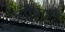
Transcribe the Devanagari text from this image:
गौबारी